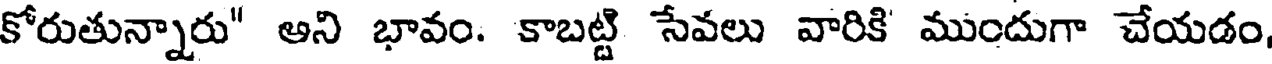
కోరుతున్నారు" అని భావం. కాబట్టి సేవలు వారికి ముందుగా చేయడం